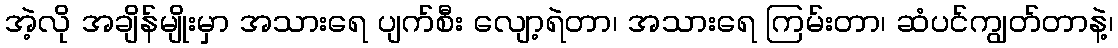
အဲ့လို အချိန်မျိုးမှာ အသားရေ ပျက်စီး လျော့ရဲတာ၊ အသားရေ ကြမ်းတာ၊ ဆံပင်ကျွတ်တာနဲ့၊